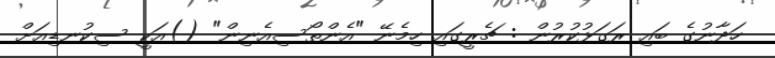
ހަދާނުގެ ބައި ރަގަޅުކުރުން : ޗެރީގައި ހިމެނޭ "އެންތޯސިއެނިން" ()އަކީ ސިކުނޑިއަށް